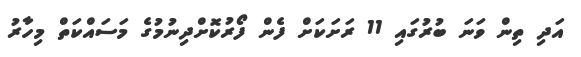
އަދި ތިން ވަނަ ބުރުގައި 11 ރަށަކަށް ފެން ފޯރުކޮށްދިނުމުގެ މަސައްކަތް މިހާރު